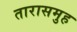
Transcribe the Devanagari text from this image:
तारासमुह